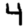
Digit: 4